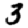
Digit: 3